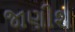
જાણીશ